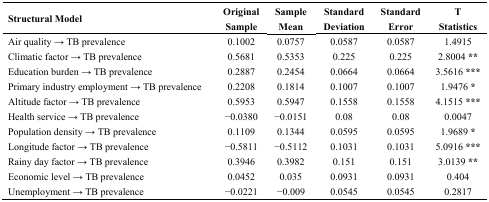
| Structural Model | Original Sample | Sample Mean | Standard Deviation | Standard Error | T Statistics |
 | --- | --- | --- | --- | --- | --- |
 | Air quality → TB prevalence | 0.1002 | 0.0757 | 0.0587 | 0.0587 | 1.4915 |
 | Climatic factor → TB prevalence | 0.5681 | 0.5353 | 0.225 | 0.225 | 2.8004 ** |
 | Education burden → TB prevalence | 0.2887 | 0.2454 | 0.0664 | 0.0664 | 3.5616 *** |
 | Primary industry employment → TB prevalence | 0.2208 | 0.1814 | 0.1007 | 0.1007 | 1.9476 * |
 | Altitude factor → TB prevalence | 0.5953 | 0.5947 | 0.1558 | 0.1558 | 4.1515 *** |
 | Health service → TB prevalence | −0.0380 | −0.0151 | 0.08 | 0.08 | 0.0047 |
 | Population density → TB prevalence | 0.1109 | 0.1344 | 0.0595 | 0.0595 | 1.9689 * |
 | Longitude factor → TB prevalence | −0.5811 | −0.5112 | 0.1031 | 0.1031 | 5.0916 *** |
 | Rainy day factor → TB prevalence | 0.3946 | 0.3982 | 0.151 | 0.151 | 3.0139 ** |
 | Economic level → TB prevalence | 0.0452 | 0.035 | 0.0931 | 0.0931 | 0.404 |
 | Unemployment → TB prevalence | −0.0221 | −0.009 | 0.0545 | 0.0545 | 0.2817 |